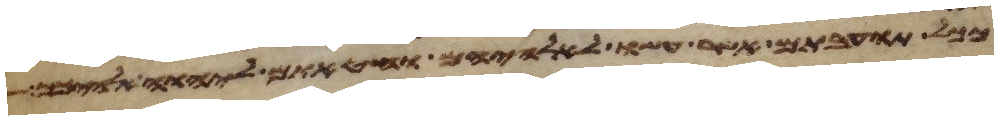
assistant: ככל תועבתם אשר עשו לאלהיהם וחטאתם ליהוה אלהיכם